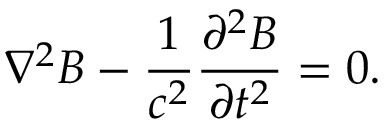
\nabla ^ { 2 } \boldsymbol { B } - \frac { 1 } { c ^ { 2 } } \frac { \partial ^ { 2 } \boldsymbol { B } } { \partial t ^ { 2 } } = 0 .